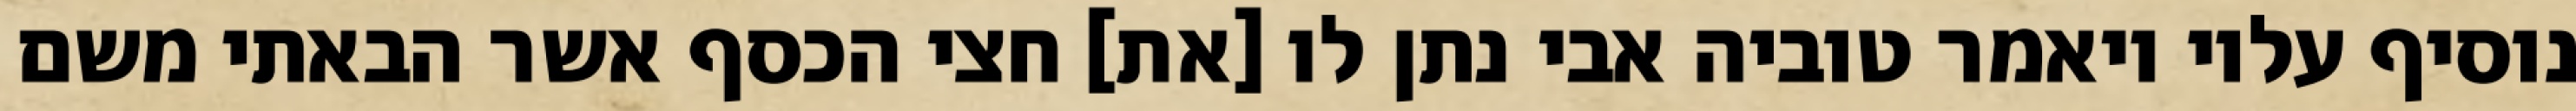
נוסיף עליו ויאמר טוביה אבי נתן לו [את] חצי הכסף אשר הבאתי משם